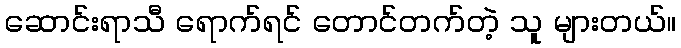
ဆောင်းရာသီ ရောက်ရင် တောင်တက်တဲ့ သူ များတယ်။